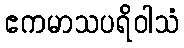
ဧကမာသပရိဝါသံ